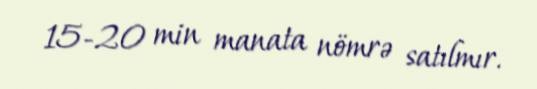
15-20 min manata nömrə satılmır.